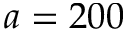
a = 2 0 0